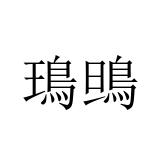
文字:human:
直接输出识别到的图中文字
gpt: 鳿鴠